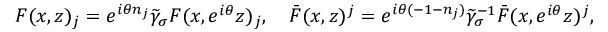
F ( x , z ) _ { j } = e ^ { i \theta n _ { j } } \widetilde { \gamma } _ { \sigma } F ( x , e ^ { i \theta } z ) _ { j } , \quad \bar { F } ( x , z ) ^ { j } = e ^ { i \theta ( - 1 - n _ { j } ) } \widetilde { \gamma } _ { \sigma } ^ { - 1 } \bar { F } ( x , e ^ { i \theta } z ) ^ { j } ,